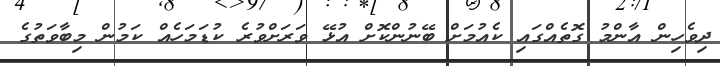
ދިވެހިން އާންމު ގޮތެއްގައި ކެއުމަށް ބޭނުންކޮށް އުޅޭ ވަރަށްވުރެ ކުޑަމަހެއް ކަމުން މިބާވަތުގެ